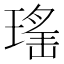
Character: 𱯖